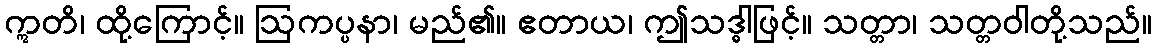
ဣတိ၊ ထို့ကြောင့်။ ဩကပ္ပနာ၊ မည်၏။ ဧတာယ၊ ဤသဒ္ဓါဖြင့်။ သတ္တာ၊ သတ္တဝါတို့သည်။